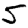
Digit: 5